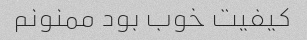
کیفیت خوب بود ممنونم